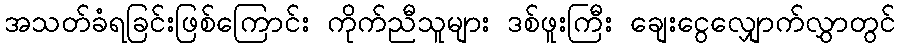
အသတ်ခံရခြင်းဖြစ်ကြောင်း ကိုက်ညီသူများ ဒစ်ဖူးကြီး ချေးငွေလျှောက်လွှာတွင်